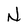
Character: N